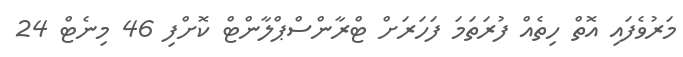
މަރުވެފައި އޮތް ހިތެއް ފުރަތަމަ ފަހަރަށް ޓްރާންސްޕްލާންޓް ކޮށްފި 46 މިނެޓް 24